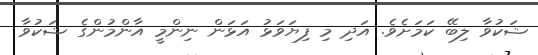
ޝަކުވާ ލިބޭ ކަމަށެވެ. އަދި މި ފިޔަވަޅު އަޅަން ނިންމީ އާންމުންގެ ޝަކުވާ